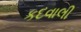
કદવાલી